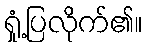
ရှုံ့ပြလိုက်၏။